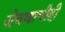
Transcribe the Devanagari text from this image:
जेवणाचीही